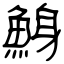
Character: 鯓